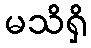
မသိရှိ